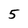
Character: 5